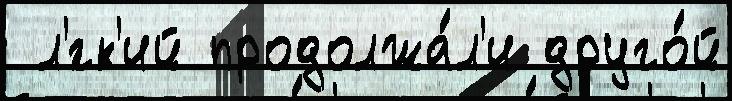
 л'́гк'ий продолжа́л'и друго́й